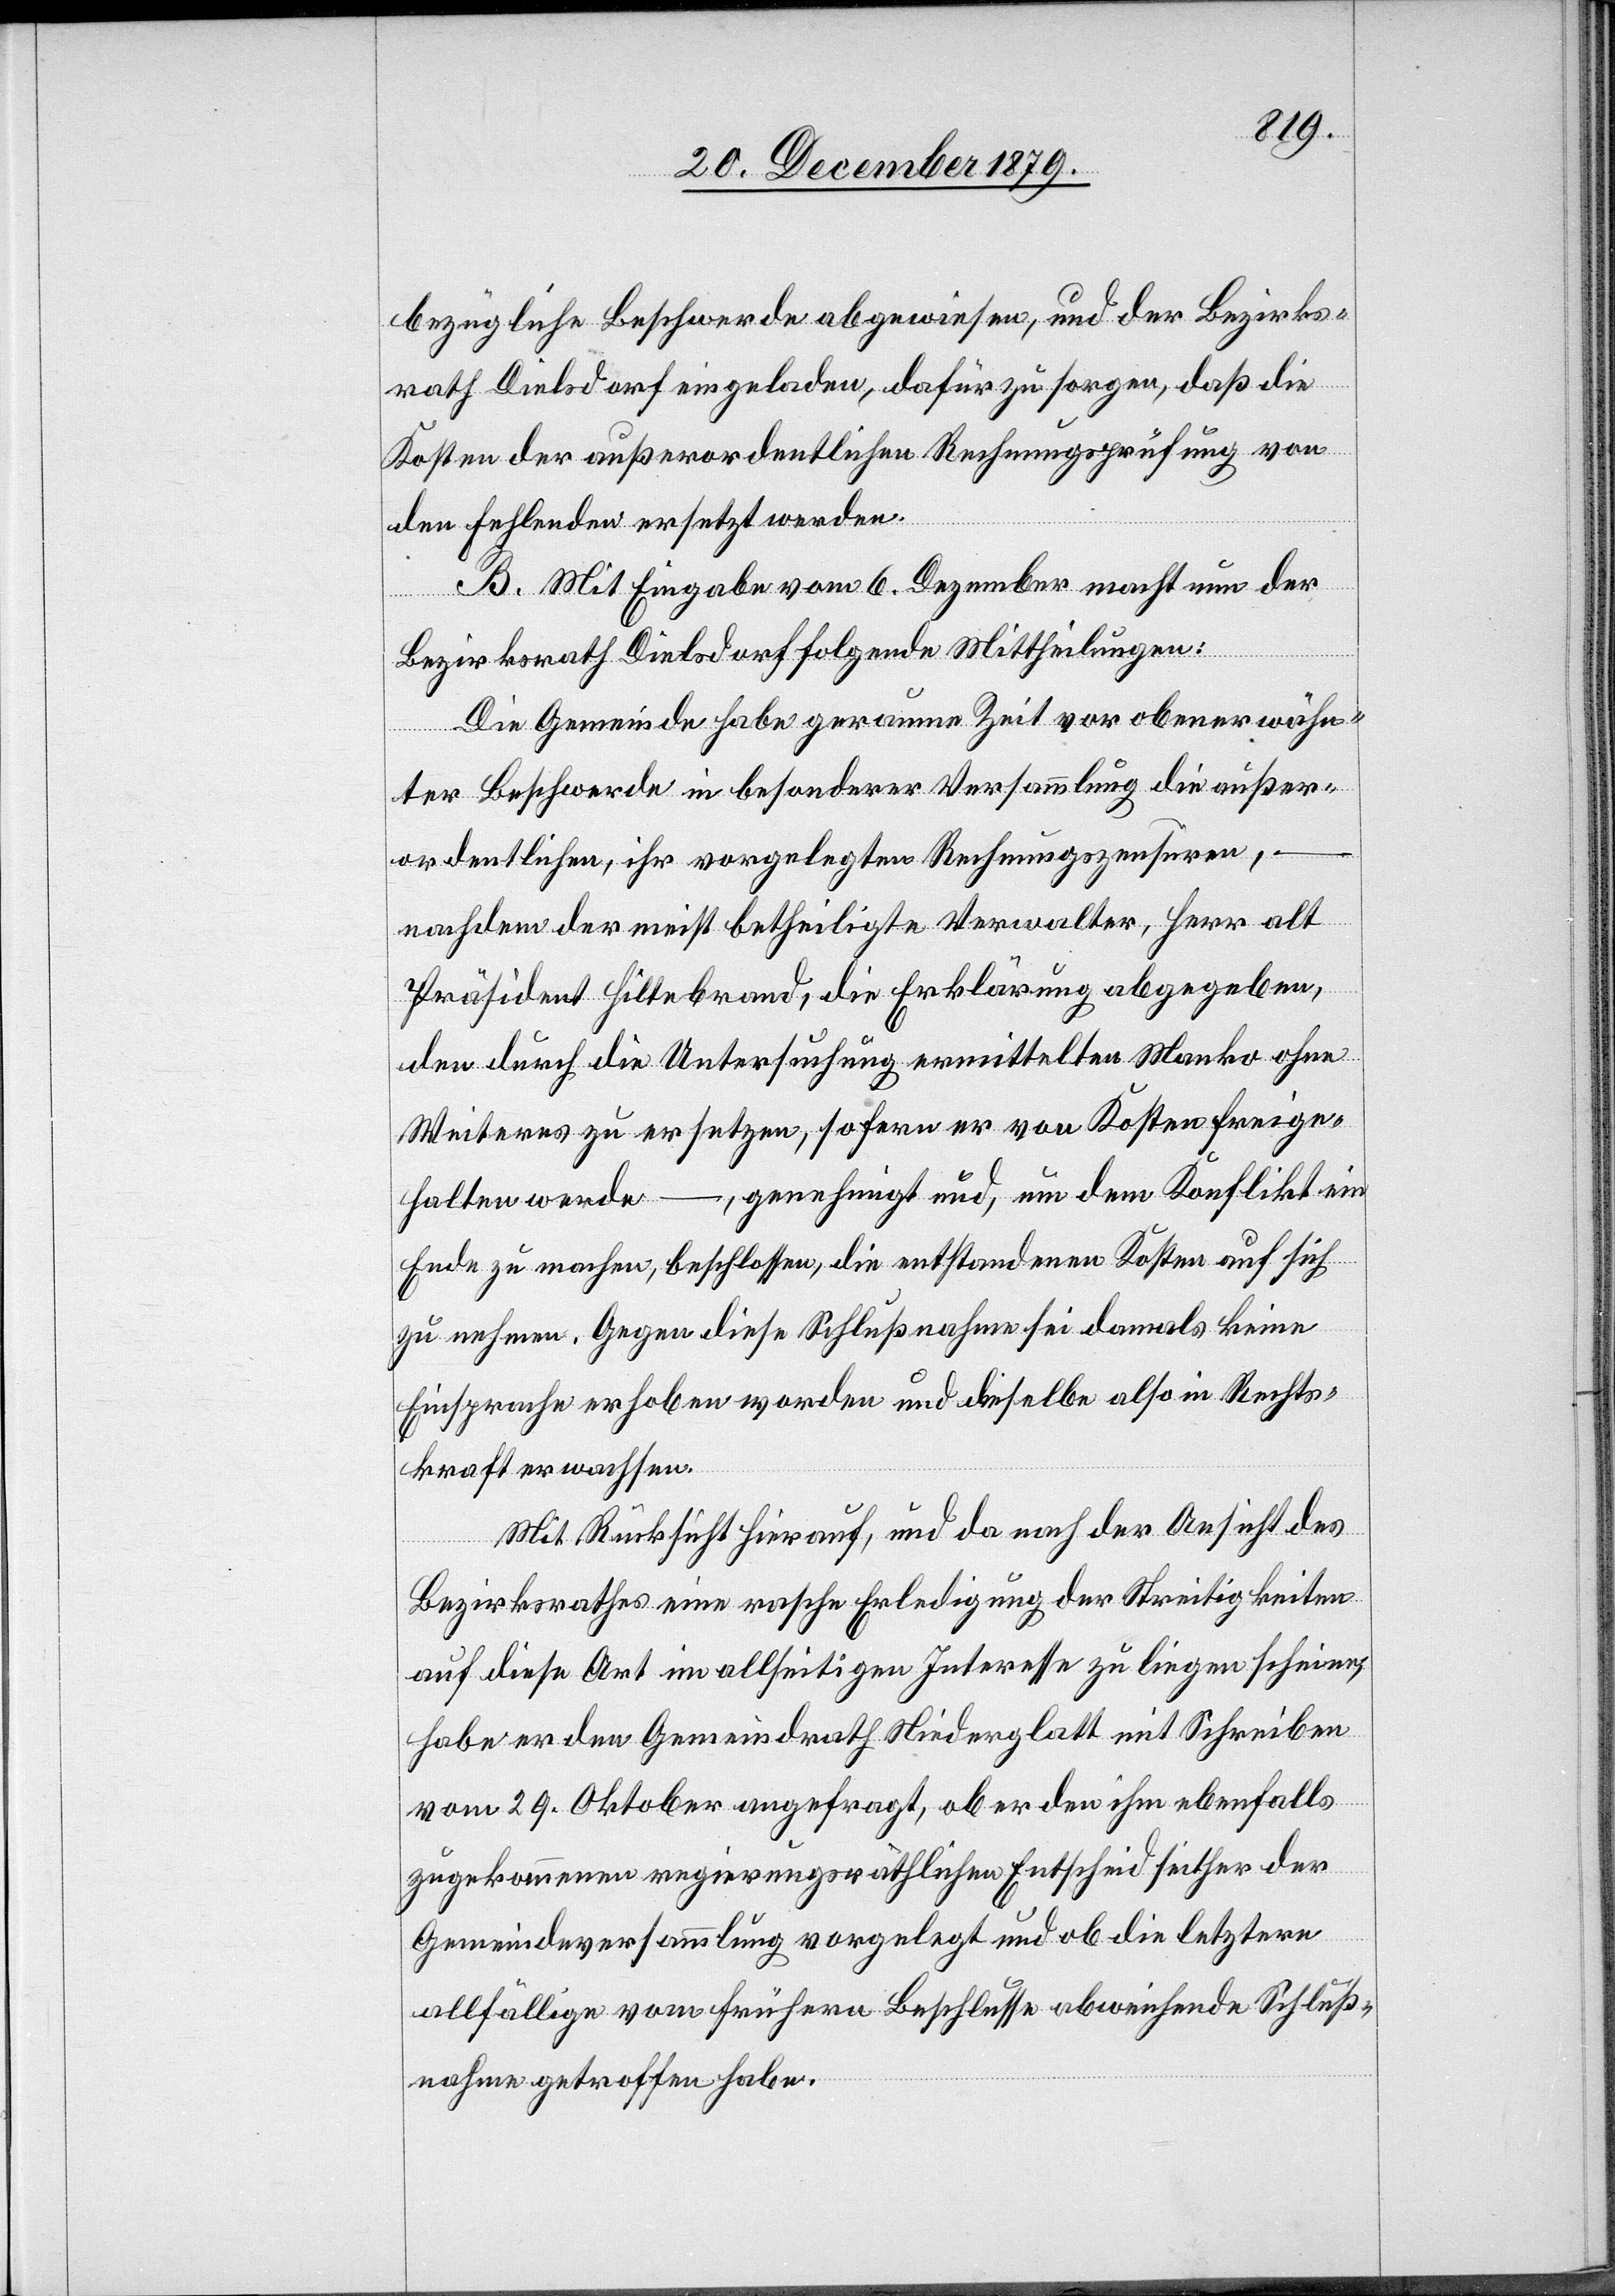
bezügliche Beschwerde abgewiesen, und der Bezirks¬
rath Dielsdorf eingeladen, dafür zu sorgen, daß die
Kosten der außerordentlichen Rechnungsprüfung von
den Fehlenden ersetzt werden.
B. Mit Eingabe vom 6. Dezember macht nun der
Bezirksrath Dielsdorf folgende Mittheilungen:
Die Gemeinde habe geraume Zeit vor obenerwähn¬
ten Beschwerde in besonderer Versammlung die außer¬
ordentlichen, ihr vorgelegten Rechnungszensuren,
nachdem der meist betheiligte Verwalter, Herr alt
Präsident Hiltebrand, die Erklärung abgegeben,
den durch die Untersuchung ermittelten Manko ohne
Weiteres zu ersetzen, sofern er von Kosten freige¬
halten werde –, genehmigt und, um dem Konflikt ein
Ende zu machen, beschlossen, die entstandenen Kosten auf sich
zu nehmen. Gegen diese Schlußnahme sei damals keine
Einsprache erhoben worden und dieselbe also in Rechts¬
kraft erwachsen.
Mit Rücksicht hierauf, und da nach der Ansicht des
Bezirksrathes eine rasche Erledigung der Streitigkeiten
auf diese Art im allseitigen Interesse zu liegen scheine,
habe er den Gemeindrath Niederglatt mit Schreiben
vom 29. Oktober angefragt, ob er den ihm ebenfalls
zugekommenen regierungsräthlichen Entscheid seither der
Gemeindeversammlung vorgelegt und ob die letztere
allfällige von frühern Beschlusse abweichende Schluß¬
nahme getroffen habe.